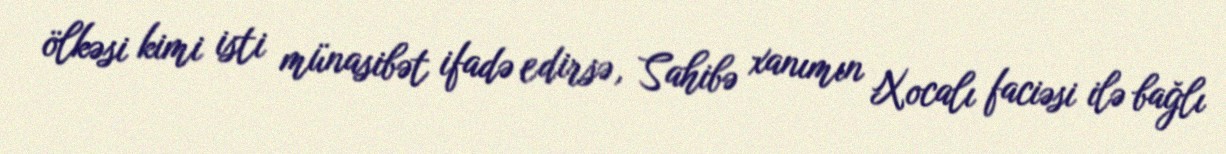
ölkəsi kimi isti münasibət ifadə edirsə, Sahibə xanımın Xocalı faciəsi ilə bağlı